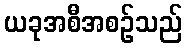
ယခုအစီအစဉ်သည်